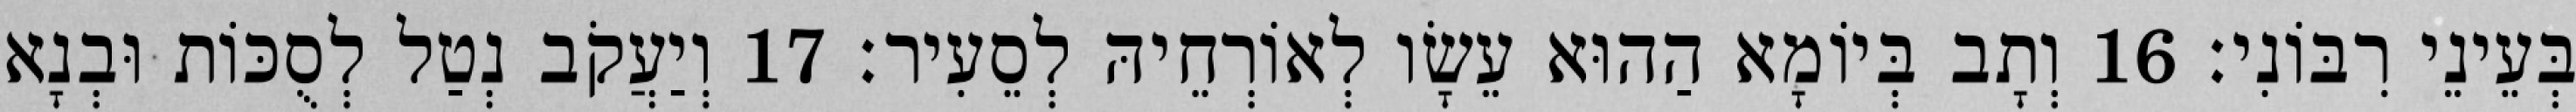
בְּעֵינֵי רִבּוֹנִי׃ 16 וְתָב בְּיוֹמָא הַהוּא עֵשָׂו לְאוֹרְחֵיהּ לְסֵעִיר׃ 17 וְיַעֲקֹב נְטַל לְסֻכּוֹת וּבְנָא